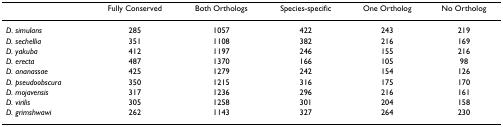
<table><thead><tr><td></td><td><b>Fully Conserved</b></td><td><b>Both Orthologs</b></td><td><b>Species-specific</b></td><td><b>One Ortholog</b></td><td><b>No Ortholog</b></td></tr></thead><tbody><tr><td><i>D. simulans</i></td><td>285</td><td>1057</td><td>422</td><td>243</td><td>219</td></tr><tr><td><i>D. sechellia</i></td><td>351</td><td>1108</td><td>382</td><td>216</td><td>169</td></tr><tr><td><i>D. yakuba</i></td><td>412</td><td>1197</td><td>246</td><td>155</td><td>216</td></tr><tr><td><i>D. erecta</i></td><td>487</td><td>1370</td><td>166</td><td>105</td><td>98</td></tr><tr><td><i>D. ananassae</i></td><td>425</td><td>1279</td><td>242</td><td>154</td><td>126</td></tr><tr><td><i>D. pseudoobscura</i></td><td>350</td><td>1215</td><td>316</td><td>175</td><td>170</td></tr><tr><td><i>D. mojavensis</i></td><td>317</td><td>1236</td><td>296</td><td>216</td><td>161</td></tr><tr><td><i>D. virilis</i></td><td>305</td><td>1258</td><td>301</td><td>204</td><td>158</td></tr><tr><td><i>D. grimshwawi</i></td><td>262</td><td>1143</td><td>327</td><td>264</td><td>230</td></tr></tbody></table>